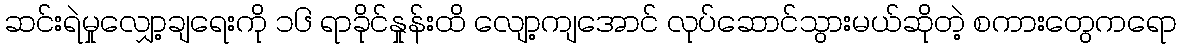
ဆင်းရဲမှုလျှော့ချရေးကို ၁၆ ရာခိုင်နှုန်းထိ လျော့ကျအောင် လုပ်ဆောင်သွားမယ်ဆိုတဲ့ စကားတွေကရော